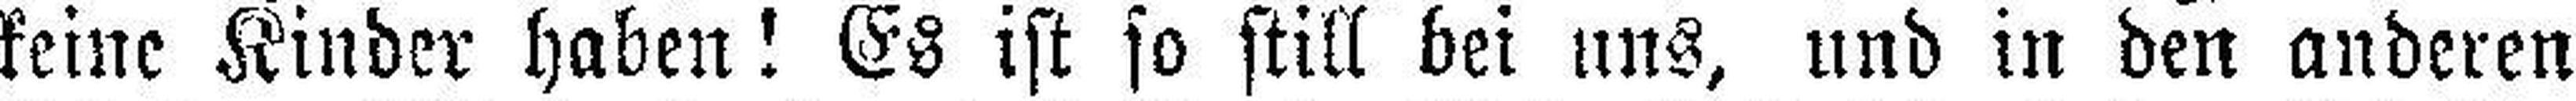
keine Kinder haben! Es ist so still bei uns, und in den anderen